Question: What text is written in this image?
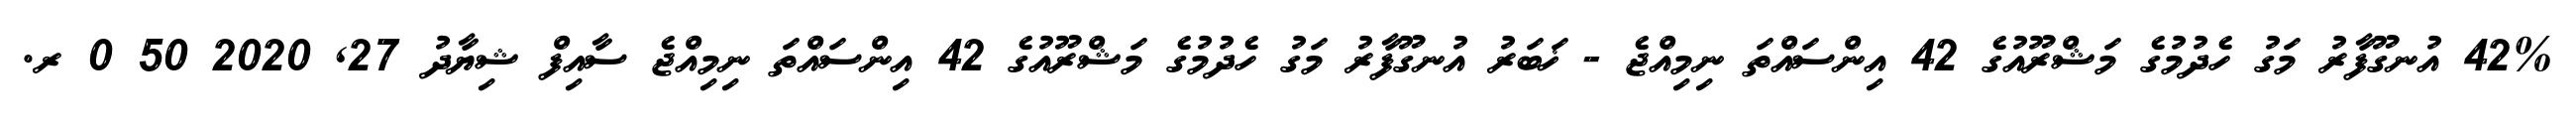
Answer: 42% އުނގޫފާރު މަގު ހެދުމުގެ މަޝްރޫއުގެ 42 އިންސައްތަ ނިމިއްޖެ - ޚަބަރު އުނގޫފާރު މަގު ހެދުމުގެ މަޝްރޫއުގެ 42 އިންސައްތަ ނިމިއްޖެ ސާއިފް ޝިޔާދު 27, 2020 50 0 ރ.